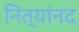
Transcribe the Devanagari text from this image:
नित्यांनद